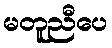
မတူညီပေ